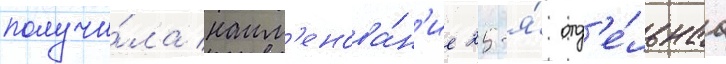
получи́ла наим'енова́н'ие 25-я́ отд'е́льнаа